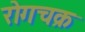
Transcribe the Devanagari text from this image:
रोगचक्र